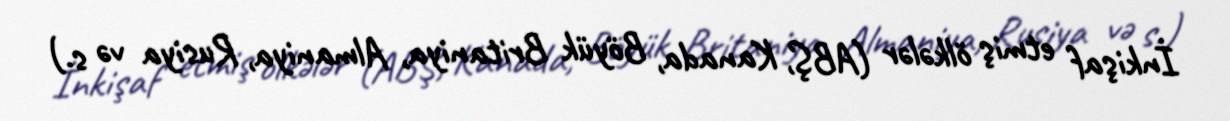
İnkişaf etmiş ölkələr (ABŞ, Kanada, Böyük Britaniya, Almaniya, Rusiya və s.)